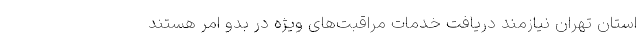
استان تهران نیازمند دریافت خدمات مراقبت‌های ویژه در بدو امر هستند